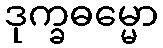
ဒုက္ခဓမ္မော